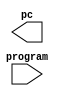
module myrv(
  input program, 
  output reg pc
);

  

endmodule